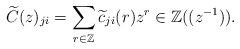
LaTeX: \begin{align*}\widetilde{C}(z)_{ji}=\sum_{r\in \mathbb{Z}}\widetilde{c}_{ji}(r)z^r\in \mathbb{Z}((z^{-1})). \end{align*}